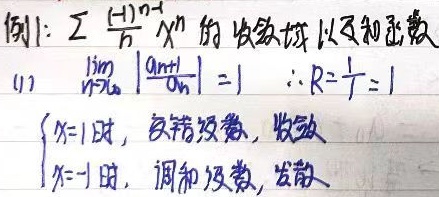
例1：求\(\sum\frac{(-1)^{n - 1}}{n}x^{n}\) 的收敛域以及和函数。

(1) 计算\(\lim_{n\rightarrow\infty}\left|\frac{a_{n + 1}}{a_{n}}\right| = 1\)，\(\therefore R=\frac{1}{1}=1\)。

当\(\begin{cases}x = 1\text{ 时，为交错级数，收敛}\\x=-1\text{ 时，为调和级数，发散}\end{cases}\)